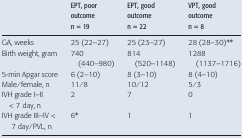
<table><thead><tr><td></td><td><b>EPT, poor outcome n = 19</b></td><td><b>EPT, good outcome n = 22</b></td><td><b>VPT, good outcome n = 8</b></td></tr></thead><tbody><tr><td>GA, weeks</td><td>25 (22–27)</td><td>25 (23–27)</td><td>28 (28–30)**</td></tr><tr><td>Birth weight, gram</td><td>740 (440–980)</td><td>814 (520–1148)</td><td>1288 (1137–1716)</td></tr><tr><td>5-min Apgar score</td><td>6 (2–10)</td><td>8 (3–10)</td><td>8 (4–10)</td></tr><tr><td>Male/female, n</td><td>11/8</td><td>10/12</td><td>5/3</td></tr><tr><td>IVH grade I–II &lt; 7 day, n</td><td>2</td><td>7</td><td>0</td></tr><tr><td>IVH grade III–IV &lt; 7 day/PVL, n</td><td>6*</td><td>1</td><td>1</td></tr></tbody></table>